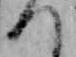
つ